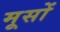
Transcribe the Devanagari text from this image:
मूसों